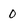
Character: 0